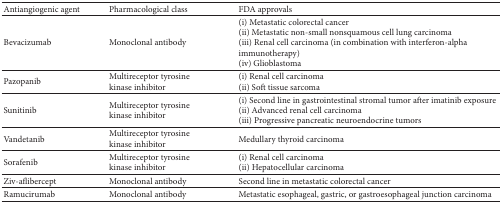
<table><thead><tr><td><b>Antiangiogenic agent</b></td><td><b>Pharmacological class</b></td><td><b>FDA approvals</b></td></tr></thead><tbody><tr><td>Bevacizumab</td><td>Monoclonal antibody</td><td>(i) Metastatic colorectal cancer(ii) Metastatic non-small nonsquamous cell lung carcinoma(iii) Renal cell carcinoma (in combination with interferon-alpha immunotherapy)(iv) Glioblastoma</td></tr><tr><td>Pazopanib</td><td>Multireceptor tyrosine kinase inhibitor</td><td>(i) Renal cell carcinoma(ii) Soft tissue sarcoma</td></tr><tr><td>Sunitinib</td><td>Multireceptor tyrosine kinase inhibitor</td><td>(i) Second line in gastrointestinal stromal tumor after imatinib exposure(ii) Advanced renal cell carcinoma(iii) Progressive pancreatic neuroendocrine tumors</td></tr><tr><td>Vandetanib</td><td>Multireceptor tyrosine kinase inhibitor</td><td>Medullary thyroid carcinoma</td></tr><tr><td>Sorafenib</td><td>Multireceptor tyrosine kinase inhibitor</td><td>(i) Renal cell carcinoma(ii) Hepatocellular carcinoma</td></tr><tr><td>Ziv-aflibercept</td><td>Monoclonal antibody</td><td>Second line in metastatic colorectal cancer </td></tr><tr><td>Ramucirumab</td><td>Monoclonal antibody</td><td>Metastatic esophageal, gastric, or gastroesophageal junction carcinoma</td></tr></tbody></table>